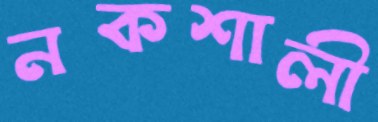
নকশালী